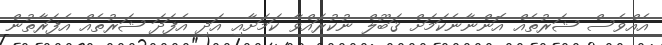
އެއްވެސް ޝަރުތެއް އޮންނާނެކަމަށް ޤަބޫލް ނުކުރައްވާ ކަމަށާއި އަދި އެފަދަ ޝަރުތެއް އެފަރާތުން